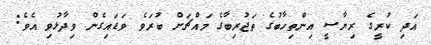
އަދި ކުރީގެ ރިޔާސީ އިންތިހާބުގެ ތަޖުރިބާގެ މައްޗަށް ބުރަވެ ވަޑައިގެން ވިދާޅުވި އެވެ: